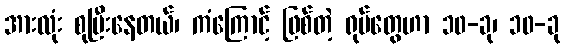
အားလုံး စုပြီးနေတယ်၊ ကံကြောင့် ဖြစ်တဲ့ ရုပ်တွေဟာ ၁၀-ခု၊ ၁၀-ခု